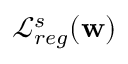
\mathcal { L } _ { r e g } ^ { s } ( \mathbf { w } )